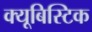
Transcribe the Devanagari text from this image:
क्यूबिस्टिक